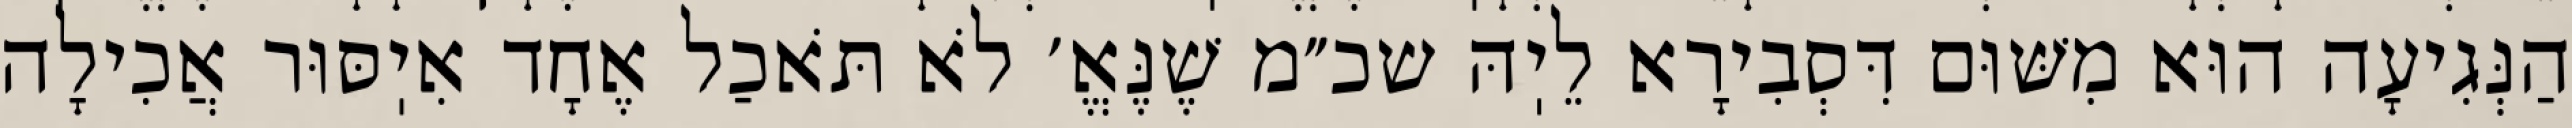
הַנְּגִיעָה הוּא מִשּׁוּם דִּסְבִירָא לֵיֽהּ שכ״מ שֶׁנֶּאֱ׳ לֹא תֹּאכַל אֶחָד אִיֽסּוּר אֲכִילָה